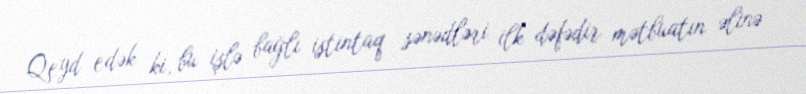
Qeyd edək ki, bu işlə bağlı istintaq sənədləri ilk dəfədir mətbuatın əlinə